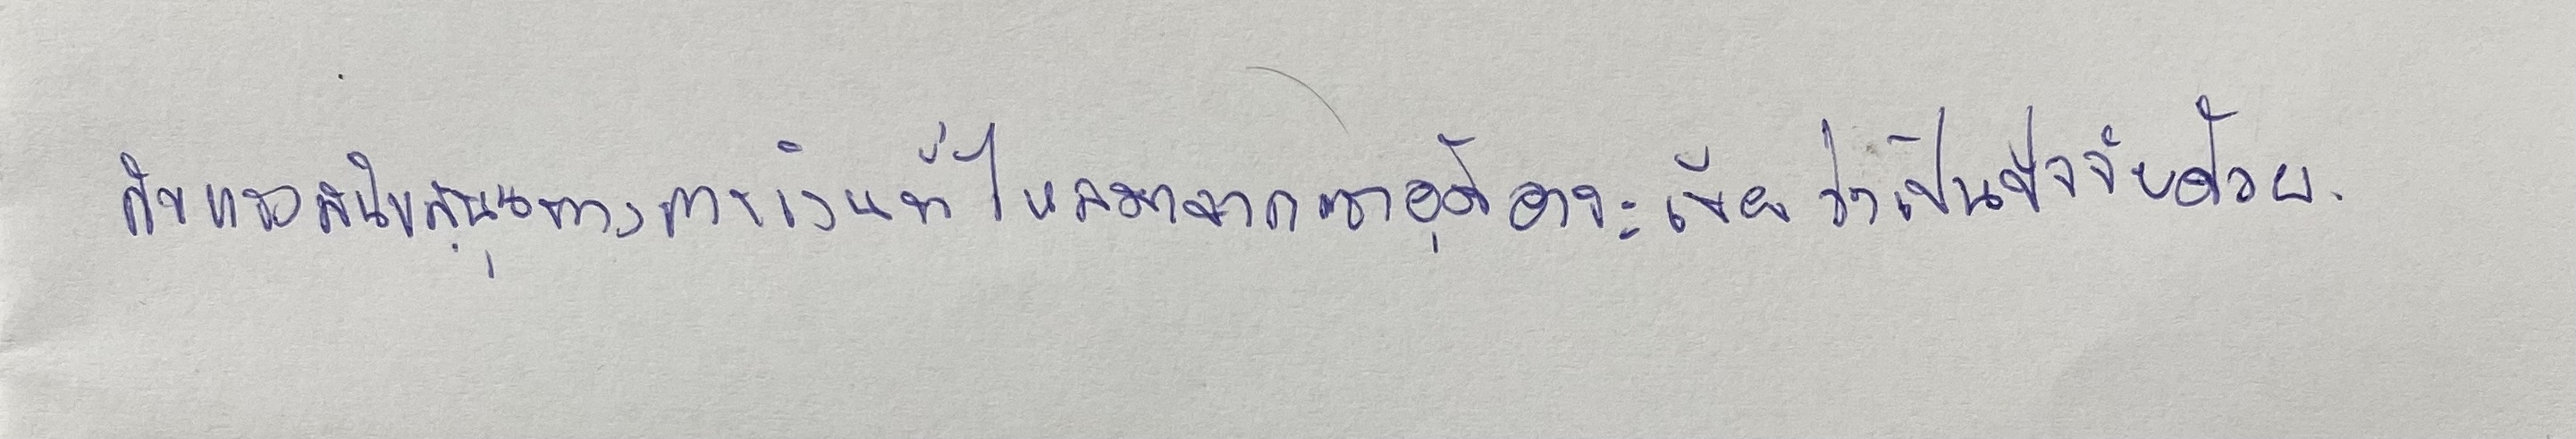
กับแรงสนับสนุนทางการเงินที่หลั่งไหลมาจากซาอุดิอาระเบียว่าเป็นปัจจัยด้วย